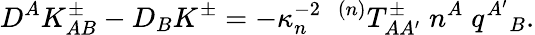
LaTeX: D^{A}K_{AB}^{\pm}-D_{B}K^{\pm}=-\kappa_{n}^{-2}\; \; {}^{(n)}T_{AA^{\prime}}^{\pm}\; n^{A}\; q^{A^{\prime}}{}_{B}.